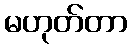
မဟုတ်တာ